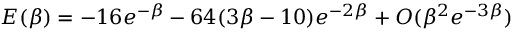
E ( \beta ) = - 1 6 e ^ { - \beta } - 6 4 ( 3 \beta - 1 0 ) e ^ { - 2 \beta } + O ( \beta ^ { 2 } e ^ { - 3 \beta } )